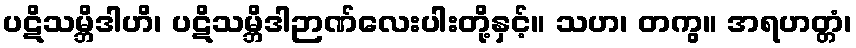
ပဋိသမ္ဘိဒါဟိ၊ ပဋိသမ္ဘိဒါဉာဏ်လေးပါးတို့နှင့်။ သဟ၊ တကွ။ အရဟတ္တံ၊